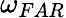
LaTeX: \omega_{FAR}